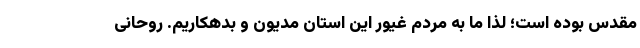
مقدس بوده است؛ لذا ما به مردم غیور این استان مدیون و بدهکاریم. روحانی